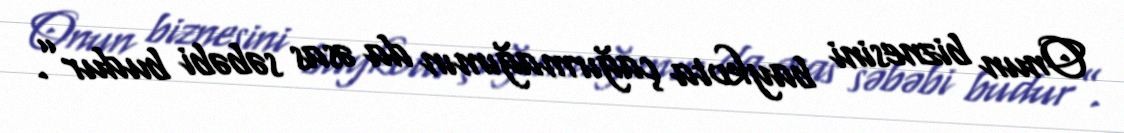
Onun biznesini baykota çağırmağımın da əsas səbəbi budur”.